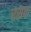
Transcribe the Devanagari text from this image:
रसक